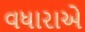
વધારાએ